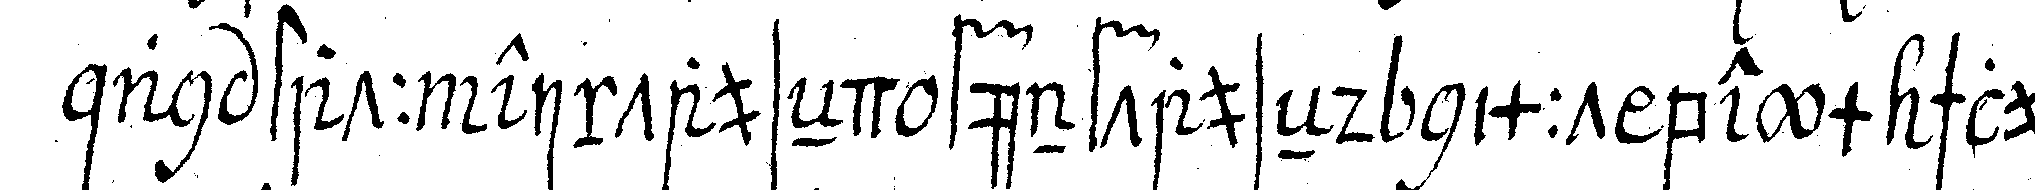
an statt eintauseNd fünftauseNd nimmt beym schluss